Report on vaccination in Madras 1895-1903 - 1895-1903
Year: 1895
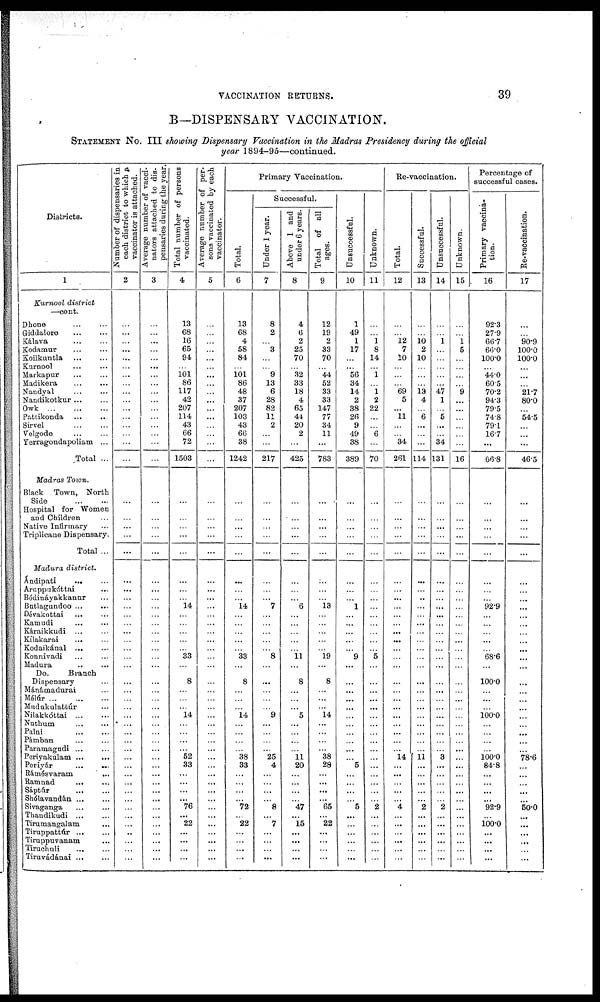
VACCINATION RETURNS.
39
B—DISPENSARY VACCINATION.
STATEMENT No. III showing Dispensary Vaccination in the Madras Presidency during the official
year 1894-95—continued.
Districts.
1
Kurnool district
—cont.
Dhone
...
...
Giddalore
...
...
Kálava ... ...
Kodamur ... ...
Koilkuntla
...
...
Kurnool
...
...
Markapur ... ...
Madikera
...
...
Nandyal ... ...
Nandikotkur ... ...
Owk ... ... ...
Pattikonda
...
...
Sirvel ... ...
Velgode ... ...
Yerragondapoliam ...
Total ...
Madras Town.
Black Town, North
Side
...
...
Hospital for Women
and Children
Native Infirmary ...
Triplicane Dispensary.
Total ...
Madura district.
Ándipati ... ...
Aruppukóttai ...
Bódináyakkanur ...
Butlagundoo ... ...
Dévakottai
...
...
Kamudi ... ...
Káraikkudi ... ...
Kílakarai ... ...
Kodaikánal ... ...
Konnivadi ... ...
Madura ... ...
Do.
Branch
Dispensary ...
Mánámadurai ...
Mélúr
...
...
...
Mudukulattúr ...
Nilakkóttcai
...
...
Nuthum ... ...
Palni
...
...
Pámban ... ...
Paramagndi ...
Periyakulam ... ...
Periyár
...
...
Rámésvaram
...
Ramnad ... ...
Sáptúr ... ...
Shólavandán ... ...
Sivaganga ... ...
Thandiktidi
...
...
Tirumangalam ...
Tiruppattúr
...
...
Tiruppuvanam ...
Tiruchuli
...
...
Tiruvádánai ... ...
Number of dispensaries in
each district to which a
vaccinator is attached.
2
...
...
...
...
...
...
...
...
...
...
...
...
...
...
...
...
...
...
...
...
...
...
...
...
...
...
...
...
...
...
...
...
...
...
...
...
...
...
...
...
...
...
...
...
...
...
...
...
...
...
..
...
...
...
Average number of vacci-
nators attached to dis-
pensaries during the year.
3
...
...
...
...
...
...
...
...
...
...
...
...
...
...
...
...
...
...
...
...
...
...
...
...
...
...
...
...
...
...
...
...
...
...
...
...
...
...
...
...
...
...
...
...
...
...
...
...
...
...
...
...
...
...
Total number of persons
vaccinated.
4
13
68
16
65
94
...
101
86
117
42
207
114
43
66
72
1503
...
...
...
...
...
...
...
...
14
...
...
...
...
...
33
...
8
...
...
...
14
...
...
...
...
52
33
...
...
...
... 76
... 22
...
...
...
...
Average number of per-
sons vaccinated by each
vaccinator.
5
...
...
...
...
...
...
...
...
...
...
...
...
...
...
...
...
...
...
...
...
...
...
...
...
...
...
...
...
...
...
...
...
...
...
...
...
...
...
...
...
...
...
...
...
...
...
...
...
...
...
...
...
...
...
Primary Vaccination.
Total.
6
13
68
4
58
84
101
86
48
37
207
103
43
66
38
1242
...
...
...
...
...
...
...
...
14
...
...
...
...
...
33
...
8
...
...
...
14
...
...
...
...
38
33
...
...
...
... 72
...
22
...
...
...
...
Successful.
Under 1 year.
7
8
2
...
3
...
...
9
13
6
28
82
11
2
...
...
217
...
...
...
...
...
...
...
... 7
...
...
...
...
...
8
...
...
...
...
...
9
...
...
...
...
25
4
...
...
...
...
8
... 7
...
...
...
...
Above 1 and
under 6 years.
8
4
6
2
25
70
...
32
33
18
4
65
44
20
2
...
425
...
...
...
...
...
...
...
...
6
...
...
...
...
...
11
...
8
...
...
... 5
...
...
...
...
11
20
...
...
...
... 47
... 15
...
...
...
...
Total of all
ages.
9
12
19
2
33
70
...
44
52
33
33
147
77
34
11
...
783
...
...
...
...
...
...
...
...
13
...
...
...
...
...
19
...
8
...
...
... 14
...
...
...
...
38
28
...
...
...
... 65
... 22
...
...
...
...
Unsuccessful.
10
1
49
1
17
...
... 56
34
14
2
38
26
9
49
38
389
...
...
...
...
...
...
...
... 1
...
...
...
...
...
9
...
...
...
...
...
...
...
...
...
...
... 5
...
...
...
... 5
...
...
...
...
...
...
Unknown.
11
...
...
1 8
14
... 1
...
1 2
22
...
...
6
...
70
...
...
...
...
...
...
...
...
...
...
...
...
...
...
5
...
...
...
...
...
...
...
...
...
...
...
...
...
...
...
... 2
...
...
...
...
...
...
Re-vaccination.
Total.
12
...
...
12
7
10
...
...
...
69
5
...
11
...
...
34
261
...
...
...
...
...
...
...
...
...
...
...
...
...
...
...
...
...
...
...
...
...
...
...
...
...
14
...
...
...
...
... 4
...
...
...
...
...
...
Successful.
13
...
...
10
2
10
...
...
...
13
4
...
6
...
...
...
114
...
...
...
...
...
...
...
..
...
...
...
...
...
...
...
...
...
...
...
...
...
...
...
...
...
11 ...
...
...
...
... 2
...
...
...
...
...
...
Unsuccessful.
14
...
...
1
...
...
...
...
...
47
1
...
5
...
...
34
131
...
...
...
...
...
...
...
...
...
...
...
...
...
...
...
...
...
...
...
...
...
...
...
...
...
3
...
...
...
...
... 2
...
...
...
...
...
...
Unknown.
15
...
...
1 5
...
...
...
...
9
...
...
...
...
...
...
16
...
...
...
...
...
...
...
...
...
...
...
...
...
...
...
...
...
...
...
...
...
...
...
...
...
...
...
...
...
...
...
...
...
...
...
...
...
...
Percentage of
successful cases.
Primary vaccina-
tion.
16
92.3
27.9
66.7
66.0
100.0
...
44.0
60.5
70.2
94.3
79.5
74.8
79.1
16.7
...
66.8
...
...
...
...
...
...
...
...
92.9
...
...
...
...
...
68.6
...
100.0
...
...
...
100.0
...
...
...
...
100.0
84.8
...
...
...
... 92.9
...
100.0
...
...
...
...
Re-vaccination.
17
...
...
90.9
100.0
100.0
...
...
...
21.7
80.0
...
54.5
...
...
...
46.5
...
...
...
...
...
...
...
...
...
...
...
...
...
...
...
...
...
...
...
...
...
...
...
...
...
78.6
...
...
...
...
...
50.0
...
...
...
...
...
...